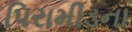
પિરામીડના